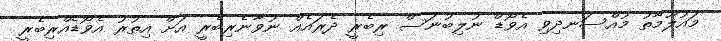
މައުލޫމާތު މުއްސަނދިވި އެވޯޑް ނުލިބުނަސް ރިބެރީ ދެރައެއް ނުވާނެރިބެރީ އަށް އިތުރު އެވޯޑެއްރިބެރީ